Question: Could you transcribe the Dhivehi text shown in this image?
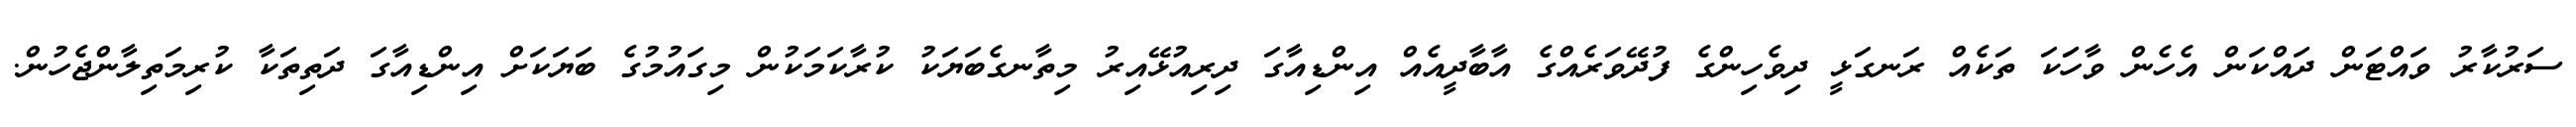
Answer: ސަރުކާރު ވައްޓަން ދައްކަން އެހެން ވާހަަކަ ތަކެއް ރަނގަޅީ ދިވެހިންގެ ފުދޭވަރެއްގެ އާބާދީއެއް އިންޑިއާގަ ދިރިއުޅޭއިރު މިތާނގެބަޔަކު ކުރާކަމަކުން މިގައުމުގެ ބަޔަކަށް އިންޑިއާގަ ދަތިތަކާ ކުރިމަތިލާންޖެހުން.